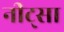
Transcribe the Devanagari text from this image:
नीट्सा